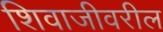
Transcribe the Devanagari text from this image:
शिवाजीवरील